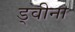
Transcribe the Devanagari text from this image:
ड्वीना